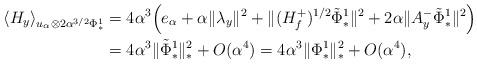
LaTeX: \begin{align*}\langle H_y \rangle_{u_{\alpha}\otimes 2 \alpha^{3/2} \Phi_*^1} &= 4\alpha^3 \Big( e_{\alpha} + \alpha \|\lambda_y \|^2 + \|(H_f^+)^{1/2}\tilde{\Phi}_*^1\|^2 + 2 \alpha \|A^-_y \tilde{\Phi}_*^1\|^2\Big) \\&= 4 \alpha^3 \|\tilde{\Phi}^1_*\|^2_* + O(\alpha^4) = 4 \alpha^3 \|\Phi^1_*\|^2_* + O(\alpha^4),\end{align*}